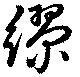
繆